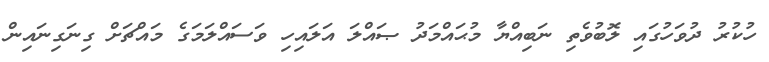
ހުކުރު ދުވަހުގައި ލޮބުވެތި ނަބިއްޔާ މުޙައްމަދު ޞައްލަ އަލައިހި ވަސައްލަމަގެ މައްޗަށް ގިނަގިނައިން